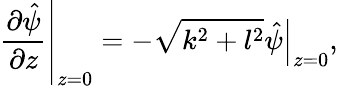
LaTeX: \left.\frac{\partial\hat{\psi}}{\partial z}\right|_{z=0}=-\sqrt{k^{2}+l^{2}}\left.\hat{\psi}\right|_{z=0},